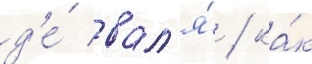
д'е́ вал'я́ / ка́к